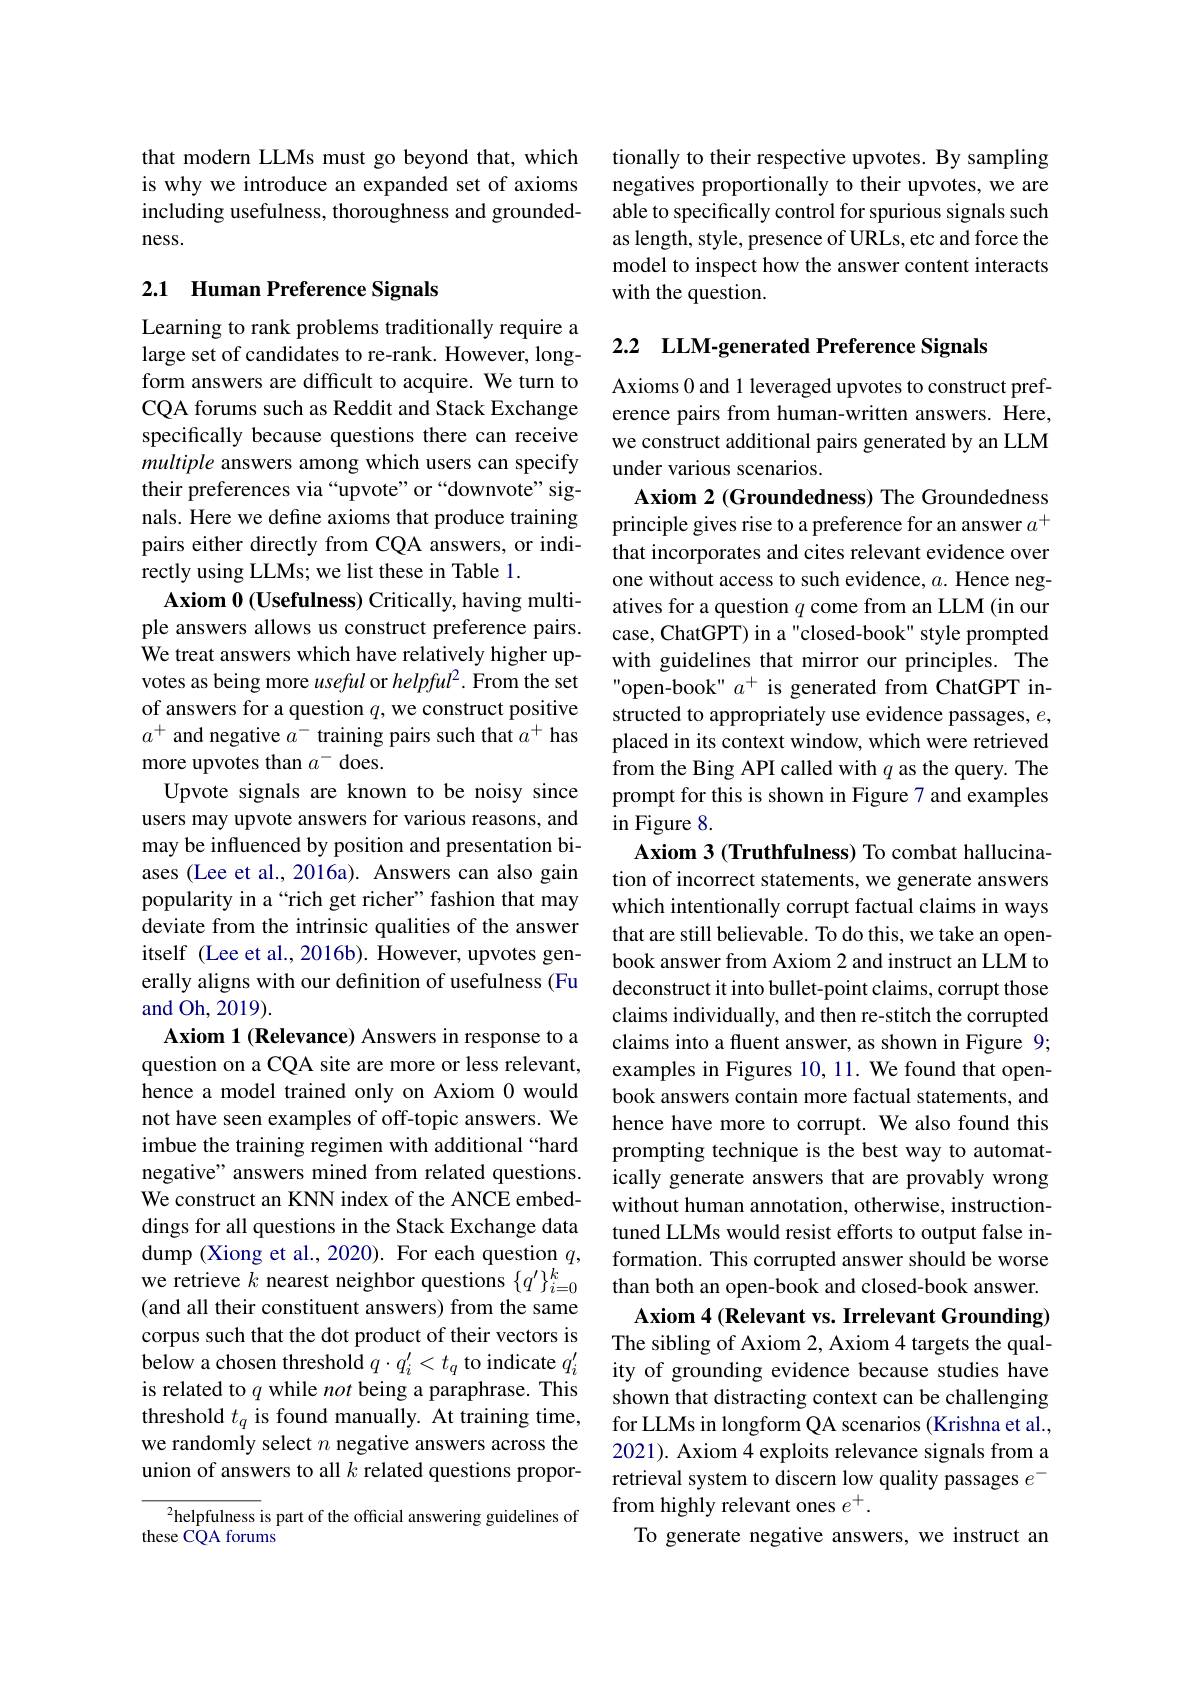
that modern LLMs must go beyond that, which is why we introduce an expanded set of axioms including usefulness, thoroughness and groundedness.

### 2.1 Human Preference Signals

Learning to rank problems traditionally require a large set of candidates to re-rank. However, longform answers are difficult to acquire. We turn to CQA forums such as Reddit and Stack Exchange specifically because questions there can receive multiple answers among which users can specify their preferences via “upvote” or“downvote” signals. Here we define axioms that produce training pairs either directly from CQA answers, or indirectly using LLMs; we list these in Table 1.
$\mathbf{Axiom~0~(Usefulness)~Critically,~having~multi-}$ ple answers allows us construct preference pairs. We treat answers which have relatively higher upvotes as being more useful or helpful?. From the set of answers for a question $q$, we construct positive $a^+$ and negative $a^-$ training pairs such that $a^+$ has more upvotes than $a^-$ does.
Upvote signals are known to be noisy since users may upvote answers for various reasons, and may be influenced by position and presentation biases (Lee et al., 2016a). Answers can also gain popularity in a“rich get richer”fashion that may deviate from the intrinsic qualities of the answer itself (Lee et al.,2016b). However, upvotes generally aligns with our definition of usefulness (Fu and Oh, 2019).
Axiom 1 (Relevance) Answers in response to a question on a CQA site are more or less relevant, hence a model trained only on Axiom 0 would not have seen examples of off-topic answers. We imbue the training regimen with additional “hard negative" answers mined from related questions. We construct an KNN index of the ANCE embeddings for all questions in the Stack Exchange data dump (Xiong et al., 2020). For each question $q$, we retrieve $k$ nearest neighbor questions $\{q^{\prime}\}_{i=0}^k$ (and all their constituent answers) from the same corpus such that the dot product of their vectors is below a chosen threshold $q\cdot q_i^{\prime}<t_q$ to indicate $q_i^{\prime}$ is related to $q$ while not being a paraphrase. This threshold $t_q$ is found manually. At training time, we randomly select $n$ negative answers across the union of answers to all $k$ related questions propor-
$^{2}$helpfulness is part of the official answering guidelines of
these CQA forums

tionally to their respective upvotes. By sampling negatives proportionally to their upvotes, we are able to specifically control for spurious signals such as length, style, presence of URLs, etc and force the model to inspect how the answer content interacts with the question.

2.2 LLM-generated Preference Signals

Axioms 0 and 1 leveraged upvotes to construct preference pairs from human-written answers. Here, we construct additional pairs generated by an LLM under various scenarios.

Axiom 2 (Groundedness) The Groundedness principle gives rise to a preference for an answer $a^+$ that incorporates and cites relevant evidence over one without access to such evidence, $a.$ Hence negatives for a question $q$ come from an LLM (in our case, ChatGPT) in a "closed-book" style prompted with guidelines that mirror our principles. The open-book" $a^+$ is generated from ChatGPT instructed to appropriately use evidence passages, $e$, placed in its context window, which were retrieved from the Bing API called with $q$ as the query. The prompt for this is shown in Figure 7 and examples in Figure 8.
Axiom 3 (Truthfulness) To combat hallucination of incorrect statements, we generate answers which intentionally corrupt factual claims in ways that are still believable. To do this, we take an openbook answer from Axiom 2 and instruct an LLM to deconstruct it into bullet-point claims, corrupt those claims individually, and then re-stitch the corrupted claims into a fluent answer, as shown in Figure 9; examples in Figures 10, 11. We found that openbook answers contain more factual statements, and hence have more to corrupt. We also found this prompting technique is the best way to automatically generate answers that are provably wrong without human annotation, otherwise, instructiontuned LLMs would resist efforts to output false information. This corrupted answer should be worse than both an open-book and closed-book answer. Axiom 4 (Relevant vs. Irrelevant Grounding) The sibling of Axiom 2, Axiom 4 targets the quality of grounding evidence because studies have shown that distracting context can be challenging for LLMs in longform QA scenarios (Krishna et al., 2021). Axiom 4 exploits relevance signals from a retrieval system to discern low quality passages $e^-$ from highly relevant ones $e^+.$
To generate negative answers, we instruct an